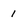
Character: 1